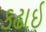
કઢાઇ